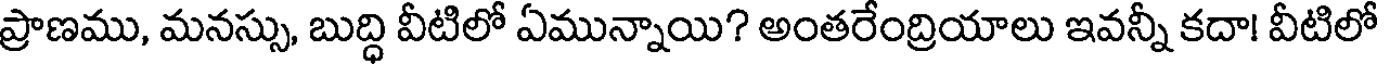
ప్రాణము, మనస్సు, బుద్ధి వీటిలో ఏమున్నాయి? అంతరేంద్రియాలు ఇవన్నీ కదా! వీటిలో